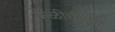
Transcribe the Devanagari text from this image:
केळीचीपाने